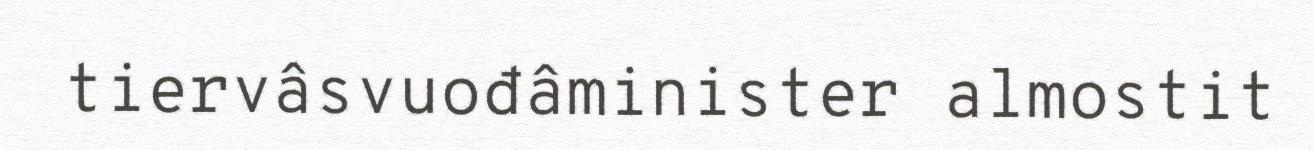
tiervâsvuođâminister almostit